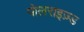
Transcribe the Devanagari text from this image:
पोलराइज़्ड